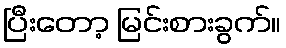
ပြီးတော့ မြင်းစားခွက်။